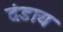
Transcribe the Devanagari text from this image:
दंडाय